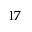
1 7